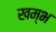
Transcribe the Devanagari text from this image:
खम्‍भ